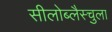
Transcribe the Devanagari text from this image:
सीलोब्लैस्चुला